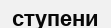
ступени